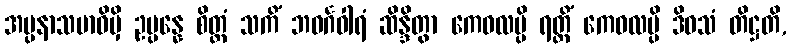
အပ္ပနာသမာဓိမှိ ဥပ္ပန္နေ စိတ္တံ သကိံ ဘဝင်္ဂဝါရံ ဆိန္ဒိတွာ ကေဝလမ္ပိ ရတ္တိံ ကေဝလမ္ပိ ဒိဝသံ တိဋ္ဌတိ,